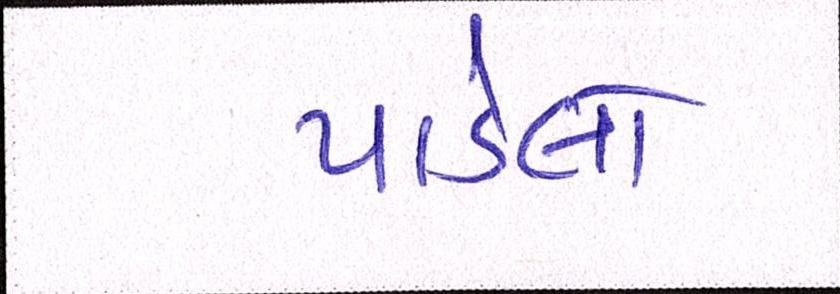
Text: પાડેલો